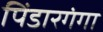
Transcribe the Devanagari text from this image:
पिंडारगंगा